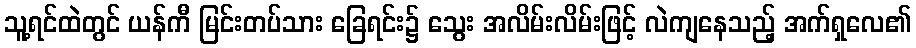
သူ့ရင်ထဲတွင် ယန်ကီ မြင်းတပ်သား ခြေရင်း၌ သွေး အလိမ်းလိမ်းဖြင့် လဲကျနေသည့် အက်ရှလေ၏